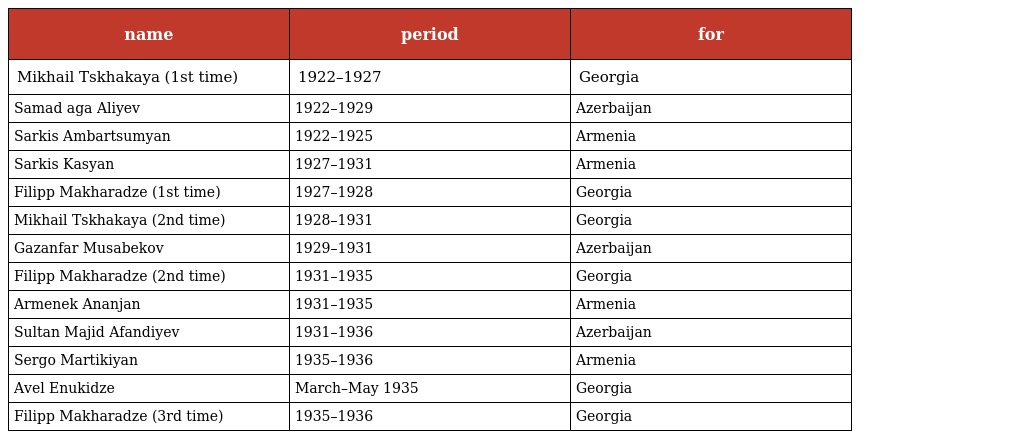
| name | period | for |
 | --- | --- | --- |
 | Mikhail Tskhakaya (1st time) | 1922–1927 | Georgia |
 | Samad aga Aliyev | 1922–1929 | Azerbaijan |
 | Sarkis Ambartsumyan | 1922–1925 | Armenia |
 | Sarkis Kasyan | 1927–1931 | Armenia |
 | Filipp Makharadze (1st time) | 1927–1928 | Georgia |
 | Mikhail Tskhakaya (2nd time) | 1928–1931 | Georgia |
 | Gazanfar Musabekov | 1929–1931 | Azerbaijan |
 | Filipp Makharadze (2nd time) | 1931–1935 | Georgia |
 | Armenek Ananjan | 1931–1935 | Armenia |
 | Sultan Majid Afandiyev | 1931–1936 | Azerbaijan |
 | Sergo Martikiyan | 1935–1936 | Armenia |
 | Avel Enukidze | March–May 1935 | Georgia |
 | Filipp Makharadze (3rd time) | 1935–1936 | Georgia |